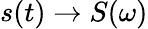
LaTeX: s(t)\to S(\omega)